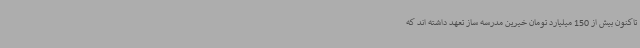
تاکنون بیش از 150 میلیارد تومان خیرین مدرسه ساز تعهد داشته اند که